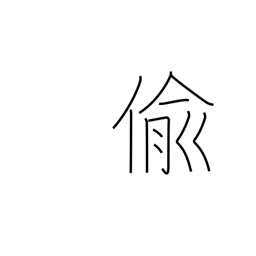
Meaning: steal